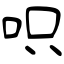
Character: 呮